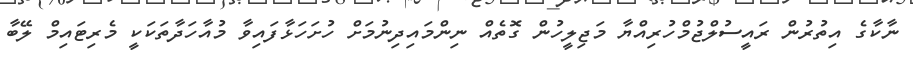
ނާކާގެ އިތުރުން ރައީސުލްޖުމްހުރިއްޔާ މަޖިލީހުން ގޮތެއް ނިންމައިދިނުމަށް ހުށަހަޅާފައިވާ މުއާހަދާތަކަކީ މެރިޓައިމް ލޭބާ